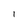
Character: l